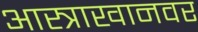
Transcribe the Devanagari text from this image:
आस्त्राखानवर